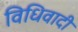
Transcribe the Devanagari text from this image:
विधिवादी